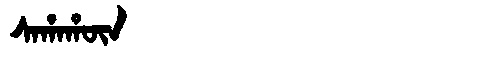
Manchu: ᠰᠠᡥᠠᡥᡡᠨ
Romanization: SAHAHŪN